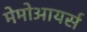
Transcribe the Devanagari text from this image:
मेमोआयर्स